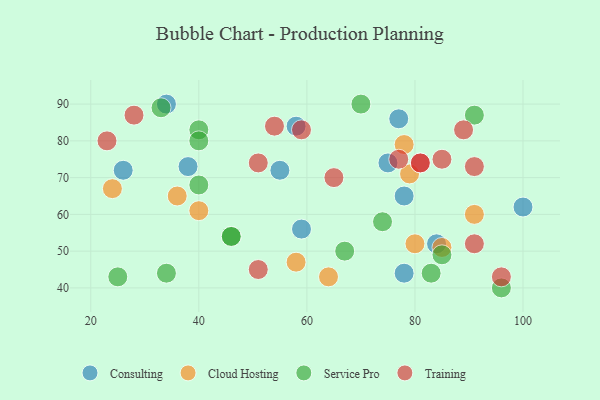
{"axis": {"x": "GDP", "y": "Life Expectancy"}, "legend": ["Cloud Hosting", "Consulting", "Service Pro", "Training"], "data": [{"x": "100", "y": 62, "type": "Consulting"}, {"x": "75", "y": 74, "type": "Consulting"}, {"x": "77", "y": 86, "type": "Consulting"}, {"x": "38", "y": 73, "type": "Consulting"}, {"x": "84", "y": 52, "type": "Consulting"}, {"x": "34", "y": 90, "type": "Consulting"}, {"x": "26", "y": 72, "type": "Consulting"}, {"x": "55", "y": 72, "type": "Consulting"}, {"x": "78", "y": 65, "type": "Consulting"}, {"x": "78", "y": 44, "type": "Consulting"}, {"x": "58", "y": 84, "type": "Consulting"}, {"x": "59", "y": 56, "type": "Consulting"}, {"x": "36", "y": 65, "type": "Cloud Hosting"}, {"x": "85", "y": 51, "type": "Cloud Hosting"}, {"x": "40", "y": 61, "type": "Cloud Hosting"}, {"x": "91", "y": 60, "type": "Cloud Hosting"}, {"x": "79", "y": 71, "type": "Cloud Hosting"}, {"x": "64", "y": 43, "type": "Cloud Hosting"}, {"x": "58", "y": 47, "type": "Cloud Hosting"}, {"x": "78", "y": 79, "type": "Cloud Hosting"}, {"x": "80", "y": 52, "type": "Cloud Hosting"}, {"x": "24", "y": 67, "type": "Cloud Hosting"}, {"x": "83", "y": 44, "type": "Service Pro"}, {"x": "46", "y": 54, "type": "Service Pro"}, {"x": "91", "y": 87, "type": "Service Pro"}, {"x": "40", "y": 83, "type": "Service Pro"}, {"x": "40", "y": 80, "type": "Service Pro"}, {"x": "33", "y": 89, "type": "Service Pro"}, {"x": "74", "y": 58, "type": "Service Pro"}, {"x": "67", "y": 50, "type": "Service Pro"}, {"x": "85", "y": 49, "type": "Service Pro"}, {"x": "70", "y": 90, "type": "Service Pro"}, {"x": "46", "y": 54, "type": "Service Pro"}, {"x": "40", "y": 68, "type": "Service Pro"}, {"x": "34", "y": 44, "type": "Service Pro"}, {"x": "96", "y": 40, "type": "Service Pro"}, {"x": "25", "y": 43, "type": "Service Pro"}, {"x": "81", "y": 74, "type": "Training"}, {"x": "91", "y": 52, "type": "Training"}, {"x": "54", "y": 84, "type": "Training"}, {"x": "77", "y": 75, "type": "Training"}, {"x": "96", "y": 43, "type": "Training"}, {"x": "65", "y": 70, "type": "Training"}, {"x": "51", "y": 45, "type": "Training"}, {"x": "59", "y": 83, "type": "Training"}, {"x": "91", "y": 73, "type": "Training"}, {"x": "81", "y": 74, "type": "Training"}, {"x": "89", "y": 83, "type": "Training"}, {"x": "28", "y": 87, "type": "Training"}, {"x": "51", "y": 74, "type": "Training"}, {"x": "23", "y": 80, "type": "Training"}, {"x": "85", "y": 75, "type": "Training"}]}